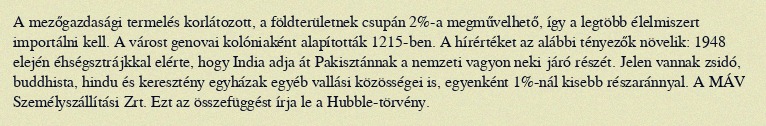
A mezőgazdasági termelés korlátozott, a földterületnek csupán 2%-a megművelhető, így a legtöbb élelmiszert importálni kell. A várost genovai kolóniaként alapították 1215-ben. A hírértéket az alábbi tényezők növelik: 1948 elején éhségsztrájkkal elérte, hogy India adja át Pakisztánnak a nemzeti vagyon neki járó részét. Jelen vannak zsidó, buddhista, hindu és keresztény egyházak egyéb vallási közösségei is, egyenként 1%-nál kisebb részaránnyal. A MÁV Személyszállítási Zrt. Ezt az összefüggést írja le a Hubble-törvény.